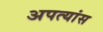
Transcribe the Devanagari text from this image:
अपत्यांस